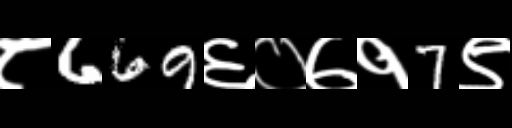
Text: ८669६०७१7९